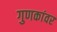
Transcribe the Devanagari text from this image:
गुणकांवर